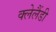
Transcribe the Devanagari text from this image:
क्लेलैंडी